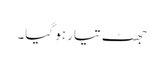
جھٹ تیار ہو گیا۔